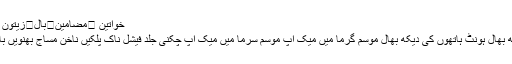
خواتین ⬅مضامین⬅بال⬅زیتون کا تیل بالوں کی افزائش کا مئوثر ذریعہ
جلد نیل پالش کاجل پپوٹے پاؤں کی دیکھ بھال ہونٹ ہاتھوں کی دیکھ بھال موسم گرما میں میک اپ موسم سرما میں میک اپ چکنی جلد فیشل ناک پلکیں ناخن مساج بھنویں بال شیمپو مہندی کے ڈیزائن کیل مہاسے